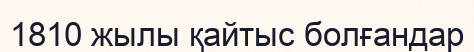
1810 жылы қайтыс болғандар